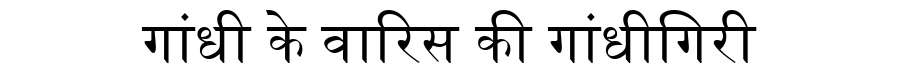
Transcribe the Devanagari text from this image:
गांधी के वारिस की गांधीगिरी